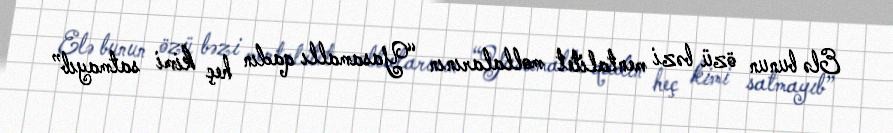
Elə bunun özü bəzi mentalitet mollalarının “Yasamallı qadın heç kimi satmayıb”